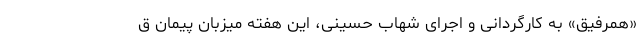
«همرفیق» به کارگردانی و اجرای شهاب حسینی، این هفته میزبان پیمان ق